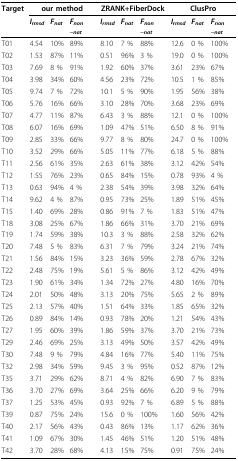
<table><thead><tr><td><b>Target</b></td><td colspan="3"><b>our method</b></td><td colspan="3"><b>ZRANK+FiberDock</b></td><td colspan="3"><b>ClusPro</b></td></tr><tr><td></td><td><b><i>I<sub>rmsd</sub></i></b></td><td><b><i>F<sub>nat</sub></i></b></td><td><b><i>F<sub>non−nat</sub></i></b></td><td><b><i>I<sub>rmsd</sub></i></b></td><td><b><i>F<sub>nat</sub></i></b></td><td><b><i>F<sub>non−nat</sub></i></b></td><td><b><i>I<sub>rmsd</sub></i></b></td><td><b><i>F<sub>nat</sub></i></b></td><td><b><i>F<sub>non−nat</sub></i></b></td></tr></thead><tbody><tr><td>T01</td><td>4.54</td><td>10%</td><td>89%</td><td>8.10</td><td>7 %</td><td>88%</td><td>12.6</td><td>0 %</td><td>100%</td></tr><tr><td>T02</td><td>1.53</td><td>87%</td><td>11%</td><td>0.51</td><td>96%</td><td>3 %</td><td>19.0</td><td>0 %</td><td>100%</td></tr><tr><td>T03</td><td>7.69</td><td>8 %</td><td>91%</td><td>1.92</td><td>60%</td><td>37%</td><td>3.61</td><td>23%</td><td>67%</td></tr><tr><td>T04</td><td>3.98</td><td>34%</td><td>60%</td><td>4.56</td><td>23%</td><td>72%</td><td>10.5</td><td>1 %</td><td>85%</td></tr><tr><td>T05</td><td>9.74</td><td>7 %</td><td>72%</td><td>10.1</td><td>5 %</td><td>90%</td><td>1.95</td><td>56%</td><td>38%</td></tr><tr><td>T06</td><td>5.76</td><td>16%</td><td>66%</td><td>3.10</td><td>28%</td><td>70%</td><td>3.68</td><td>23%</td><td>69%</td></tr><tr><td>T07</td><td>4.77</td><td>11%</td><td>87%</td><td>6.43</td><td>3 %</td><td>88%</td><td>12.1</td><td>0 %</td><td>100%</td></tr><tr><td>T08</td><td>6.07</td><td>16%</td><td>69%</td><td>1.09</td><td>47%</td><td>51%</td><td>6.50</td><td>8 %</td><td>91%</td></tr><tr><td>T09</td><td>2.85</td><td>33%</td><td>66%</td><td>9.77</td><td>8 %</td><td>80%</td><td>24.7</td><td>0 %</td><td>100%</td></tr><tr><td>T10</td><td>3.52</td><td>29%</td><td>66%</td><td>5.05</td><td>11%</td><td>77%</td><td>6.18</td><td>5 %</td><td>88%</td></tr><tr><td>T11</td><td>2.56</td><td>61%</td><td>35%</td><td>2.63</td><td>61%</td><td>38%</td><td>3.12</td><td>42%</td><td>54%</td></tr><tr><td>T12</td><td>1.55</td><td>76%</td><td>23%</td><td>0.65</td><td>84%</td><td>15%</td><td>0.78</td><td>93%</td><td>4 %</td></tr><tr><td>T13</td><td>0.63</td><td>94%</td><td>4 %</td><td>2.38</td><td>54%</td><td>39%</td><td>3.98</td><td>32%</td><td>64%</td></tr><tr><td>T14</td><td>9.62</td><td>4 %</td><td>87%</td><td>0.95</td><td>73%</td><td>25%</td><td>1.89</td><td>51%</td><td>45%</td></tr><tr><td>T15</td><td>1.40</td><td>69%</td><td>28%</td><td>0.86</td><td>91%</td><td>7 %</td><td>1.83</td><td>51%</td><td>47%</td></tr><tr><td>T18</td><td>3.08</td><td>25%</td><td>67%</td><td>1.86</td><td>66%</td><td>31%</td><td>3.70</td><td>21%</td><td>69%</td></tr><tr><td>T19</td><td>1.74</td><td>59%</td><td>38%</td><td>10.3</td><td>3 %</td><td>88%</td><td>2.58</td><td>32%</td><td>62%</td></tr><tr><td>T20</td><td>7.48</td><td>5 %</td><td>83%</td><td>6.31</td><td>7 %</td><td>79%</td><td>3.24</td><td>21%</td><td>74%</td></tr><tr><td>T21</td><td>1.56</td><td>84%</td><td>15%</td><td>3.23</td><td>36%</td><td>59%</td><td>2.78</td><td>67%</td><td>32%</td></tr><tr><td>T22</td><td>2.48</td><td>75%</td><td>19%</td><td>5.61</td><td>5 %</td><td>86%</td><td>3.12</td><td>42%</td><td>49%</td></tr><tr><td>T23</td><td>1.90</td><td>61%</td><td>34%</td><td>1.34</td><td>72%</td><td>27%</td><td>4.80</td><td>16%</td><td>70%</td></tr><tr><td>T24</td><td>2.01</td><td>50%</td><td>48%</td><td>3.13</td><td>20%</td><td>75%</td><td>5.65</td><td>2 %</td><td>89%</td></tr><tr><td>T25</td><td>2.13</td><td>57%</td><td>40%</td><td>1.51</td><td>64%</td><td>33%</td><td>1.85</td><td>65%</td><td>32%</td></tr><tr><td>T26</td><td>0.89</td><td>84%</td><td>14%</td><td>0.93</td><td>78%</td><td>20%</td><td>1.21</td><td>54%</td><td>43%</td></tr><tr><td>T27</td><td>1.95</td><td>60%</td><td>39%</td><td>1.86</td><td>59%</td><td>37%</td><td>3.70</td><td>21%</td><td>73%</td></tr><tr><td>T29</td><td>2.46</td><td>69%</td><td>25%</td><td>3.13</td><td>49%</td><td>50%</td><td>3.57</td><td>42%</td><td>49%</td></tr><tr><td>T30</td><td>7.48</td><td>9 %</td><td>79%</td><td>4.84</td><td>16%</td><td>77%</td><td>5.40</td><td>11%</td><td>75%</td></tr><tr><td>T32</td><td>2.98</td><td>34%</td><td>59%</td><td>9.45</td><td>3 %</td><td>95%</td><td>0.52</td><td>87%</td><td>12%</td></tr><tr><td>T35</td><td>3.71</td><td>29%</td><td>62%</td><td>8.71</td><td>4 %</td><td>82%</td><td>6.90</td><td>7 %</td><td>83%</td></tr><tr><td>T36</td><td>3.70</td><td>27%</td><td>69%</td><td>3.64</td><td>25%</td><td>66%</td><td>6.20</td><td>9 %</td><td>79%</td></tr><tr><td>T37</td><td>1.25</td><td>53%</td><td>45%</td><td>0.93</td><td>92%</td><td>7 %</td><td>6.89</td><td>5 %</td><td>88%</td></tr><tr><td>T39</td><td>0.87</td><td>75%</td><td>24%</td><td>15.6</td><td>0 %</td><td>100%</td><td>1.60</td><td>56%</td><td>42%</td></tr><tr><td>T40</td><td>2.17</td><td>56%</td><td>43%</td><td>0.43</td><td>86%</td><td>13%</td><td>1.17</td><td>62%</td><td>36%</td></tr><tr><td>T41</td><td>1.09</td><td>67%</td><td>30%</td><td>1.45</td><td>46%</td><td>51%</td><td>1.20</td><td>51%</td><td>48%</td></tr><tr><td>T42</td><td>3.70</td><td>28%</td><td>68%</td><td>4.13</td><td>15%</td><td>75%</td><td>0.91</td><td>75%</td><td>24%</td></tr></tbody></table>